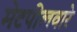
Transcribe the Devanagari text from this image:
मेटपीलवारे